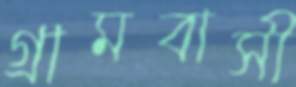
গ্রামবাসী